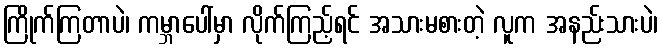
ကြိုက်ကြတာပဲ၊ ကမ္ဘာပေါ်မှာ လိုက်ကြည့်ရင် အသားမစားတဲ့ လူက အနည်းသားပဲ၊